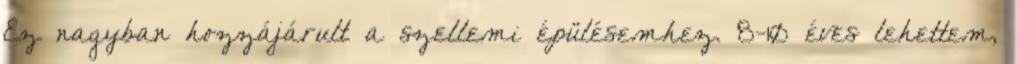
Ez nagyban hozzájárult a szellemi épülésemhez. 8-10 éves lehettem,